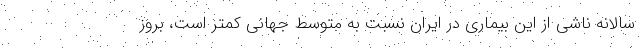
سالانه ناشی از این بیماری در ایران نسبت به متوسط جهانی کمتر است، بروز